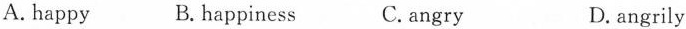
A. happy B.happiness C.angry D. angrily